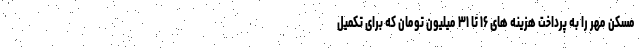
مسکن مهر را به پرداخت هزینه های ۱۶ تا ۳۱ میلیون تومان که برای تکمیل